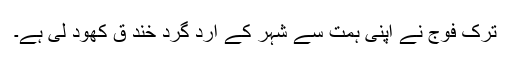
ترک فوج نے اپنی ہمت سے شہر کے ارد گرد خند ق کھود لی ہے۔